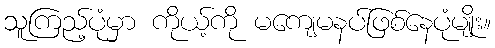
သူကြည့်ပုံမှာ ကိုယ့်ကို မကျေမနပ်ဖြစ်နေပုံမျိုး။